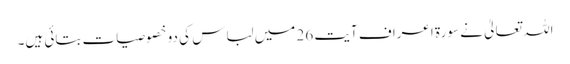
اللہ تعالیٰ نے سورۃ اعراف آیت 26 میں لباس کی دو خصوصیات بتائی ہیں۔